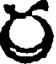
ర